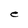
Character: e